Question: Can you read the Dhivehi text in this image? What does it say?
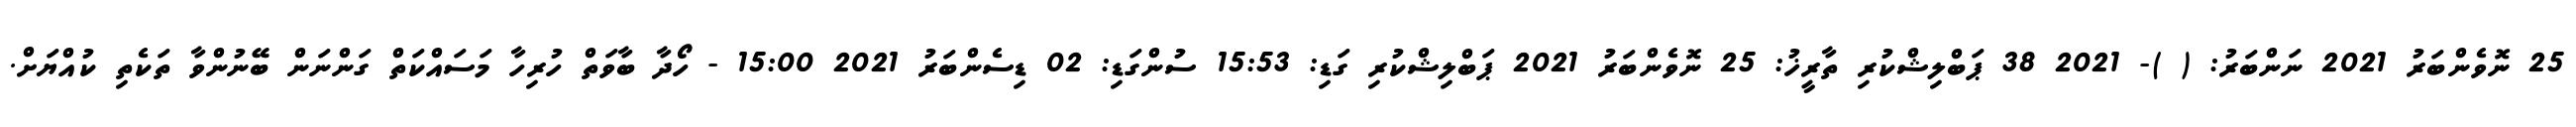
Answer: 25 ނޮވެންބަރު 2021 ނަންބަރު: ( )- 2021 38 ޕަބްލިޝްކުރި ތާރީޚު: 25 ނޮވެންބަރު 2021 ޕަބްލިޝްކުރި ގަޑި: 15:53 ސުންގަޑި: 02 ޑިސެންބަރު 2021 15:00 - ހޯދާ ބާވަތް ހުރިހާ މަސައްކަތް ގަންނަން ބޭނުންވާ ތަކެތި ކުއްޔަށް.